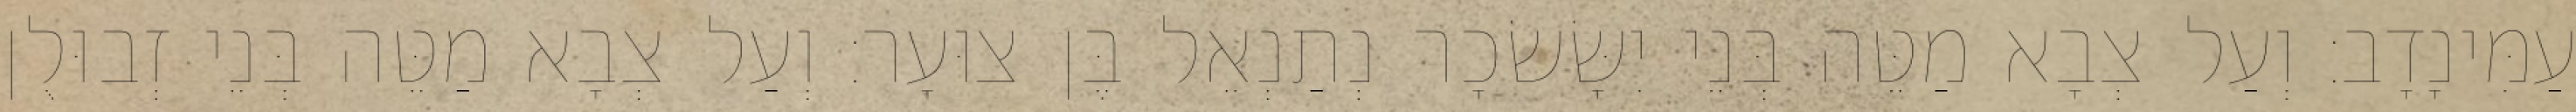
עַמִּינָדָב׃ וְעַל צְבָא מַטֵּה בְּנֵי יִשָּׂשׂכָר נְתַנְאֵל בֶּן צוּעָר׃ וְעַל צְבָא מַטֵּה בְּנֵי זְבוּלֻן